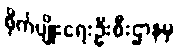
စိုက်ပျိုးရေးဦးစီးဌာနမှ